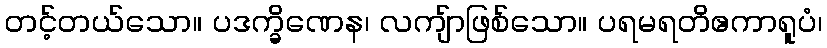
တင့်တယ်သော။ ပဒက္ခိဏေန၊ လကျ်ာဖြစ်သော။ ပရမရတိဧကာရူပံ၊